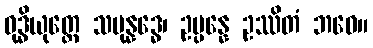
ဝုဒ္ဓိယုတ္တေ သမုန္နဒ္ဓေ၊ ဥပ္ပန္နေ ဥဿိတံ ဘဝေ။